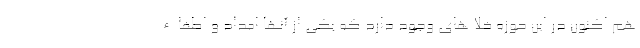
هم اکنون در این حوزه خلا های وجود دارد که یکی از آنها امداد و اطفاء